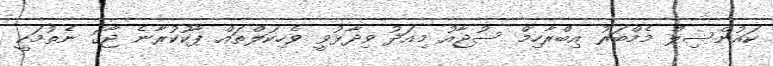
ކައުންސިލް މެމްބަރު އިބްރާހިމް ސުޖާއު މިއަދު ވިދާޅުވީ ވެހިކަލްތައް ޕާކުކުރާނެ ޖާގަ ނެތުމަކީ